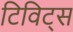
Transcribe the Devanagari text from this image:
टिविट्स